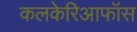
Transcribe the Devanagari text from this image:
कलकेरिआफॉस